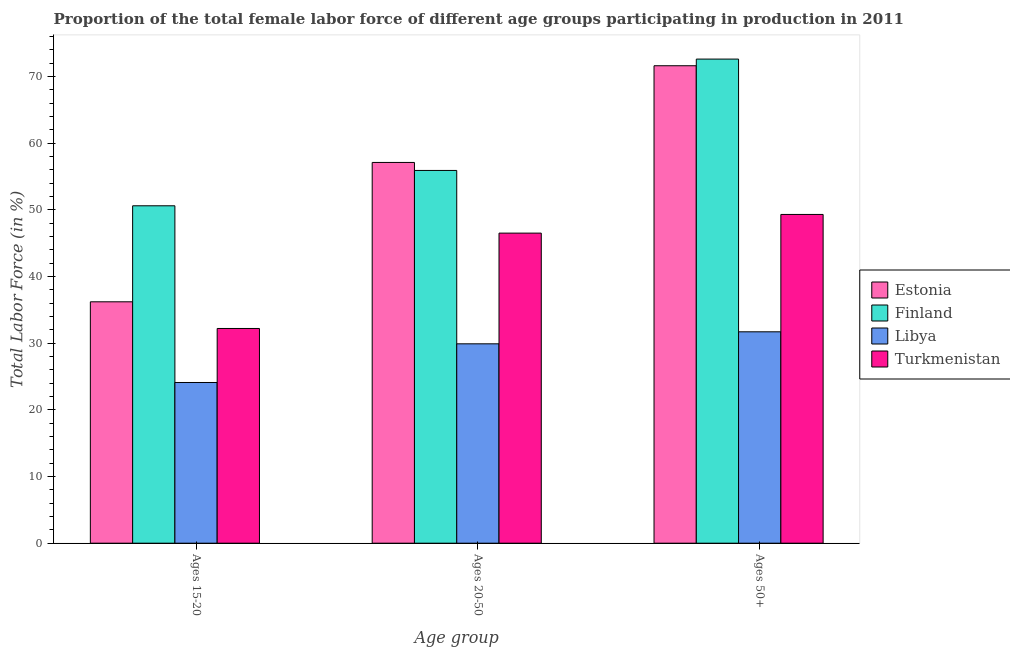
| Age group | Estonia | Finland | Libya | Turkmenistan |
 | --- | --- | --- | --- | --- |
 | Ages 15-20 | 36.2 | 50.6 | 24.1 | 32.2 |
 | Ages 20-50 | 57.1 | 55.9 | 29.9 | 46.5 |
 | Ages 50+ | 71.6 | 72.6 | 31.7 | 49.3 |